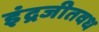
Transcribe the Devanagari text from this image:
इंद्रजीतवध